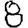
Digit: 8